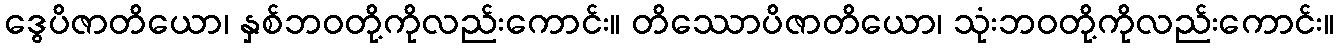
ဒွေပိဇာတိယော၊ နှစ်ဘဝတို့ကိုလည်းကောင်း။ တိဿောပိဇာတိယော၊ သုံးဘဝတို့ကိုလည်းကောင်း။